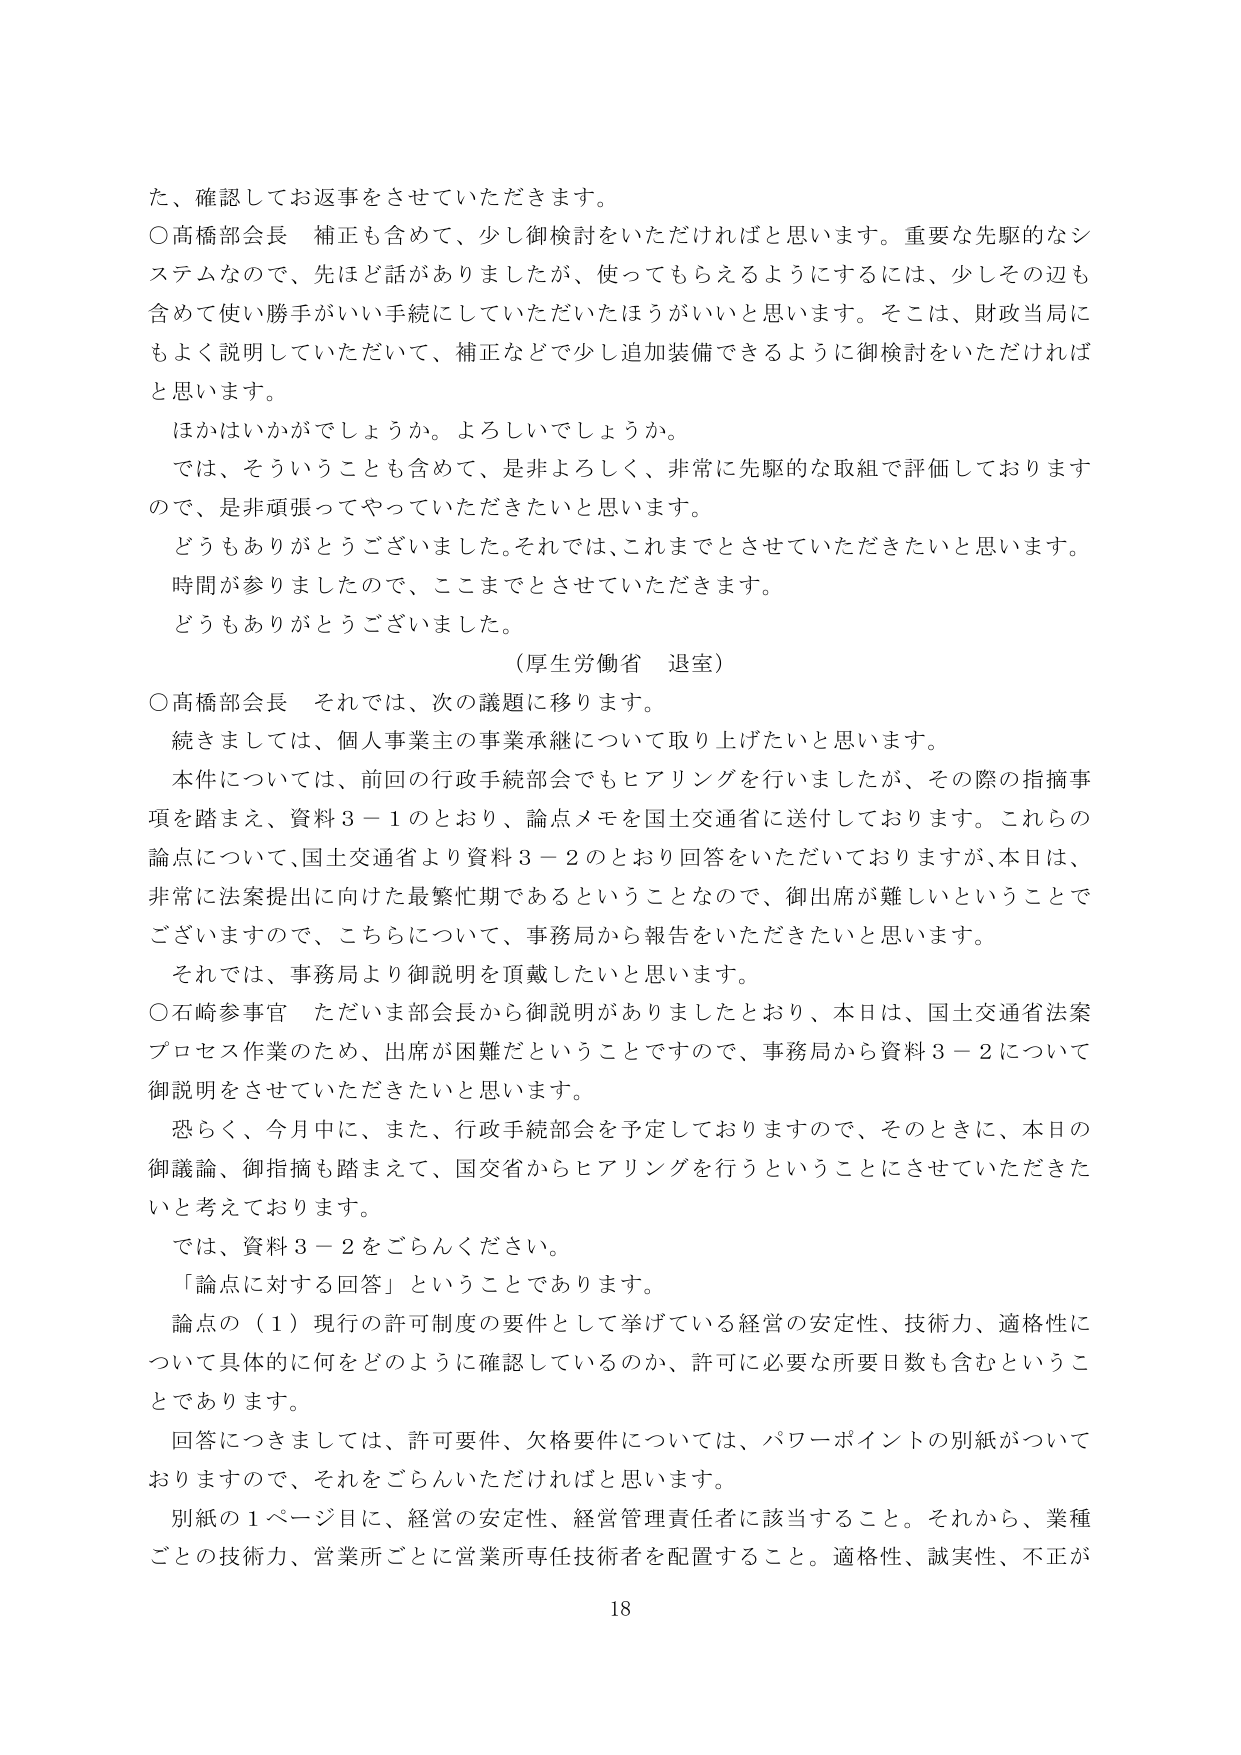
た、確認してお返事をさせていただきます。

○高橋部会長　補正も含めて、少し御検討をいただければと思います。重要な先駆的なシステムなので、先ほど話がありましたが、使ってもらえるようにするには、少しその辺も含めて使い勝手がいい手続にしていただいたほうがいいと思います。そこは、財政当局にもよく説明していただいて、補正などで少し追加装備できるように御検討をいただければと思います。

　ほかはいかがでしょうか。よろしいでしょうか。

　では、そういうことも含めて、是非よろしく、非常に先駆的な取組で評価しておりますので、是非頑張ってやっていただきたいと思います。

　どうもありがとうございました。それでは、これまでとさせていただきたいと思います。

　時間が参りましたので、ここまでとさせていただきます。

　どうもありがとうございました。

　（厚生労働省　退室）

○高橋部会長　それでは、次の議題に移ります。

　続きましては、個人事業主の事業承継について取り上げたいと思います。

　本件については、前回の行政手続部会でもヒアリングを行いましたが、その際の指摘事項を踏まえ、資料３－１のとおり、論点メモを国土交通省に送付しております。これらの論点について、国土交通省より資料３－２のとおり回答をいただいておりますが、本日は、非常に法案提出に向けた最繁忙期であるということなので、御出席が難しいということでございますので、こちらについて、事務局から報告をいただきたいと思います。

　それでは、事務局より御説明を頂戴したいと思います。

○石崎参事官　ただいま部会長から御説明がありましたとおり、本日は、国土交通省法案プロセス作業のため、出席が困難だということでございますので、事務局から資料３－２について御説明をさせていただきたいと思います。

　恐らく、今月中に、また、行政手続部会を予定しておりますので、そのときに、本日の御議論、御指摘も踏まえて、国交省からヒアリングを行うということにさせていただきたいと考えております。

　では、資料３－２をごらんください。

　「論点に対する回答」ということであります。

　論点の（１）現行の許可制度の要件として挙げている経営の安定性、技術力、適格性について具体的に何をどのように確認しているのか、許可に必要な所要日数も含むということであります。

　回答につきましては、許可要件、欠格要件については、パワーポイントの別紙がついておりますので、それをごらんいただければと思います。

　別紙の１ページ目に、経営の安定性、経営管理責任者に該当すること。それから、業種ごとの技術力、営業所ごとに営業所専任技術者を配置すること。適格性、誠実性、不正が

18